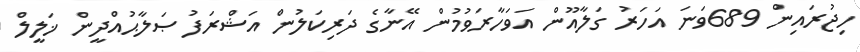
ހިޖުރައިން 689ވަނަ އަހަރު ގަލާއޫން އަވަހާރަވުމުން އޭނާގެ ދަރިކަލުން އަޝްރަފު ޞަލާޙުއްދީން ޚަލީލް